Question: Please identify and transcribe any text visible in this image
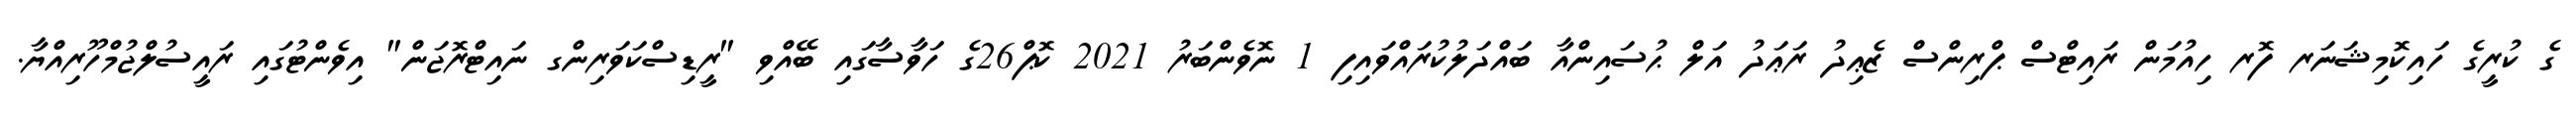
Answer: ގެ ކުރީގެ ހައިކޮމިޝަނަރ ފޮރ ހިއުމަން ރައިޓްސް ޕްރިންސް ޒެޢިދު ރަޢަދު އަލް ޙުސައިންއާ ބައްދަލުކުރައްވައިފި 1 ނޮވެންބަރު 2021 ކޮޕް26ގެ ހަވާސާގައި ބޭއްވި "ރީޑިސްކަވަރިންގ ނައިޓްރޮޖަން" އިވެންޓުގައި ރައީސުލްޖުމްހޫރިއްޔާ.